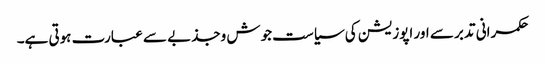
حکمرانی تدبر سے اور اپوزیشن کی سیاست جوش وجذبے سے عبارت ہوتی ہے۔